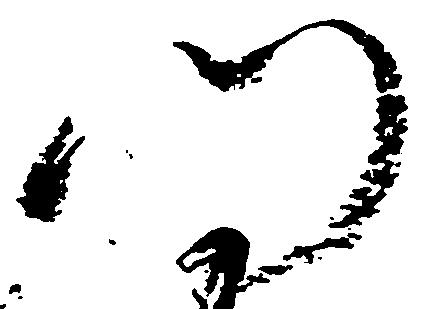
門